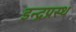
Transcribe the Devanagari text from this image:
इन्‍द्रप्रस्‍थ